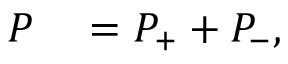
\begin{array} { r l } { P } & { { } = P _ { + } + P _ { - } , } \end{array}